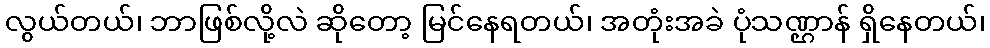
လွယ်တယ်၊ ဘာဖြစ်လို့လဲ ဆိုတော့ မြင်နေရတယ်၊ အတုံးအခဲ ပုံသဏ္ဌာန် ရှိနေတယ်၊